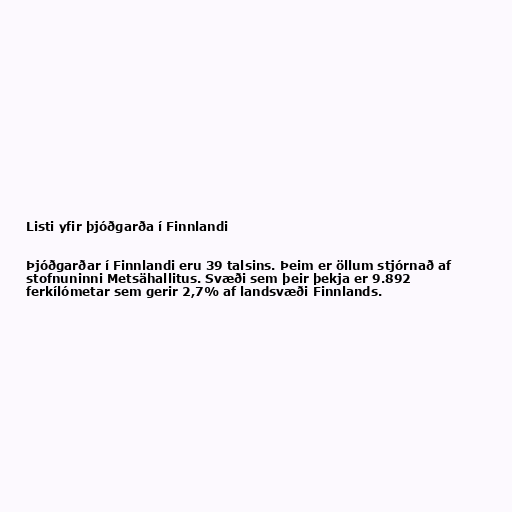
Listi yfir þjóðgarða í Finnlandi

Þjóðgarðar í Finnlandi eru 39 talsins. Þeim er öllum stjórnað af
stofnuninni Metsähallitus. Svæði sem þeir þekja er 9.892
ferkílómetar sem gerir 2,7% af landsvæði Finnlands.